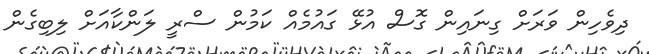
ދިވެހިން ވަރަށް ގިނައިން ގޮސް އުޅޭ ގައުމެއް ކަމުން ސްރީ ލަންކާއަށް ލިބިގެން